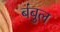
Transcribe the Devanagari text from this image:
बंबुल